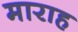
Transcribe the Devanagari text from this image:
माराह